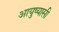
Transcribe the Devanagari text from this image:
आयुष्यासी